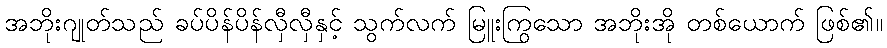
အဘိုးဂျုတ်သည် ခပ်ပိန်ပိန်လှီလှီနှင့် သွက်လက် မြူးကြွသော အဘိုးအို တစ်ယောက် ဖြစ်၏။